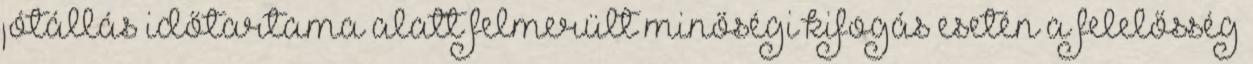
jótállás időtartama alatt felmerült minőségi kifogás esetén a felelősség